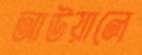
আউয়ালে